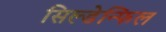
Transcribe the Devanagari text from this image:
सिल्डेन्फिल